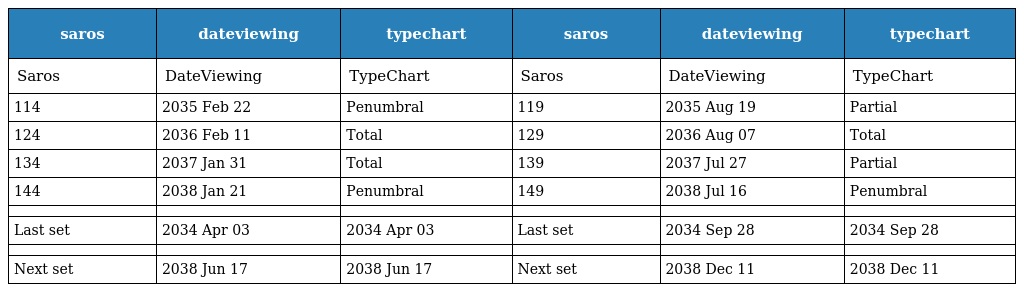
| saros | dateviewing | typechart | saros | dateviewing | typechart |
 | --- | --- | --- | --- | --- | --- |
 | Saros | DateViewing | TypeChart | Saros | DateViewing | TypeChart |
 | 114 | 2035 Feb 22 | Penumbral | 119 | 2035 Aug 19 | Partial |
 | 124 | 2036 Feb 11 | Total | 129 | 2036 Aug 07 | Total |
 | 134 | 2037 Jan 31 | Total | 139 | 2037 Jul 27 | Partial |
 | 144 | 2038 Jan 21 | Penumbral | 149 | 2038 Jul 16 | Penumbral |
 |  |  |  |  |  |  |
 | Last set | 2034 Apr 03 | 2034 Apr 03 | Last set | 2034 Sep 28 | 2034 Sep 28 |
 |  |  |  |  |  |  |
 | Next set | 2038 Jun 17 | 2038 Jun 17 | Next set | 2038 Dec 11 | 2038 Dec 11 |